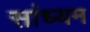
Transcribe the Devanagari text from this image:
सांध्यम